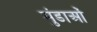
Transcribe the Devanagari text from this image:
मुंडाओं